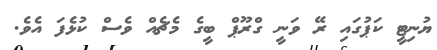
ޔުނިޓީ ކަޕުގައި ރޭ ވަނީ ގްރޫޕް ބީގެ މެޗެއް ވެސް ކުޅެފަ އެވެ.